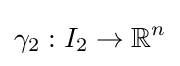
\gamma _{2}:I_{2}\to \mathbb {R} ^{n}